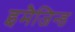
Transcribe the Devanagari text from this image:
इमैजिन्ड